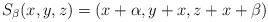
\begin{align*}S_\beta(x,y,z) = (x + \alpha, y + x, z + x+\beta)\end{align*}